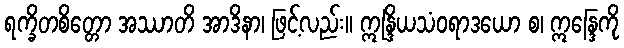
ရက္ခိတစိတ္တော အဿာတိ အာဒိနာ၊ ဖြင့်လည်း။ ဣန္ဒြိယသံဝရာဒယော စ၊ ဣန္ဒြေကို